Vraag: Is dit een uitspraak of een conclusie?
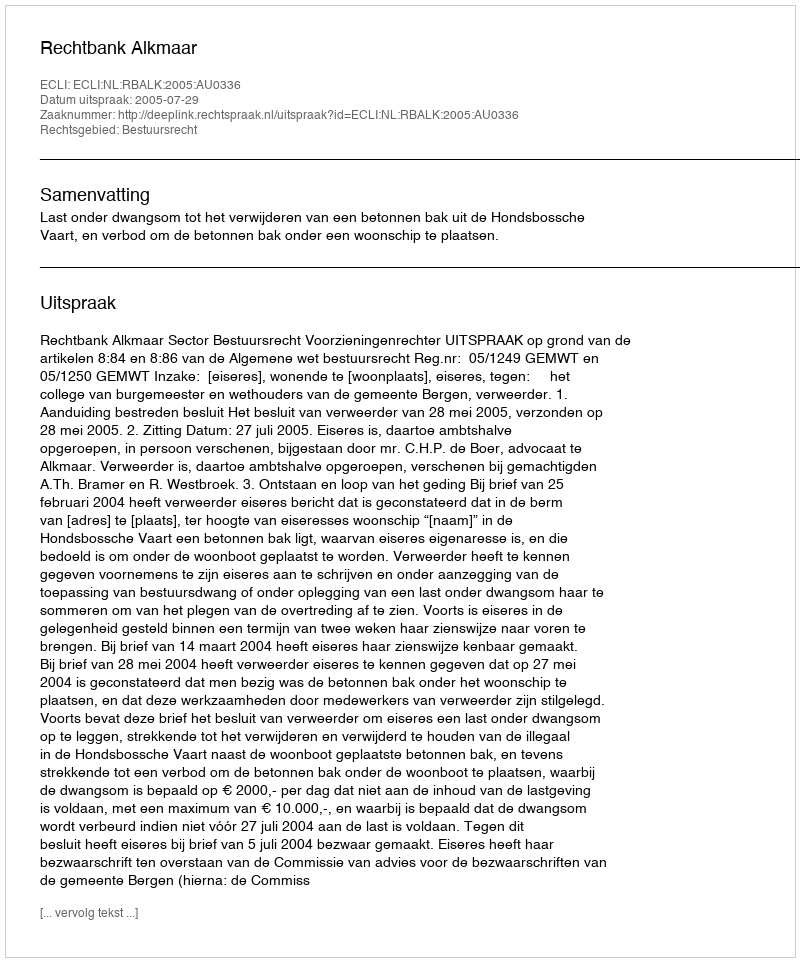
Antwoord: Uitspraak